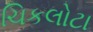
ચિકલોટા